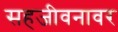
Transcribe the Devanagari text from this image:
सहजीवनावर